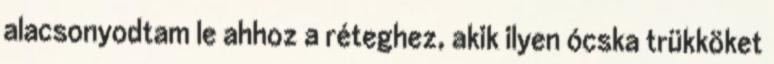
alacsonyodtam le ahhoz a réteghez, akik ilyen ócska trükköket